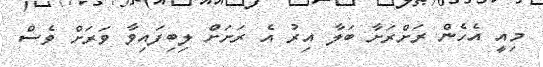
މިއީ އެހެން ރަށްރަށާ ބަލާ އިރު އެ ރަށަށް ލިބިފައިވާ ވަރަށް ވެސް